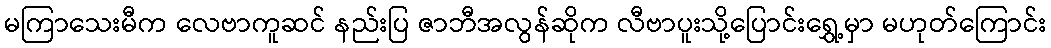
မကြာသေးမီက လေဗာကူဆင် နည်းပြ ဇာဘီအလွန်ဆိုက လီဗာပူးသို့ပြောင်းရွှေ့မှာ မဟုတ်ကြောင်း